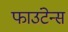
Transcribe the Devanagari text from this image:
फाउंटेन्स